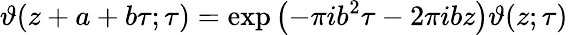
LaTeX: \vartheta(z+a+b\tau;\tau)=\exp\left(-\pi ib^{2}\tau-2\pi ibz\right)\vartheta(z;\tau)